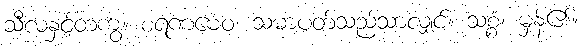
သီလနှင့်တကွ။ စရဏမေဝ၊ သမာပတ်သည်သာလျှင်။ သစ္စံ၊ မှန်၏။